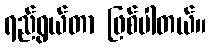
ရည်ရွယ်တာ ဖြစ်ပါတယ်။